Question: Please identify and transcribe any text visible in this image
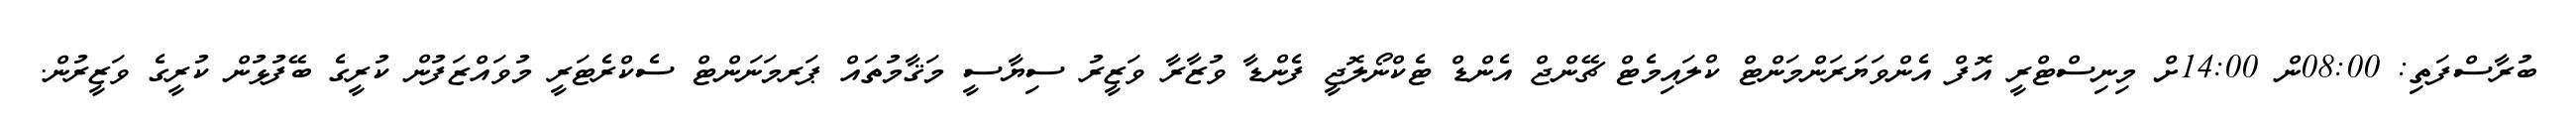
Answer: ބުރާސްފަތި: 08:00ން 14:00ށް މިނިސްޓްރީ އޮފް އެންވަޔަރަންމަންޓް ކްލައިމެޓް ޗޭންޖް އެންޑް ޓެކްނޯލޮޖީ ފެންޑާ ވުޒާރާ ވަޒީރު ސިޔާސީ މަޤާމުތައް ޕަރމަނަންޓް ސެކްރެޓަރީ މުވައްޒަފުން ކުރީގެ ބޭފުޅުން ކުރީގެ ވަޒީރުން.